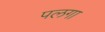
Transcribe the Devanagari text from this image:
पलगा